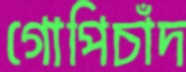
গোপিচাঁদ